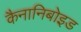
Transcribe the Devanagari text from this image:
कैनानिबोइड